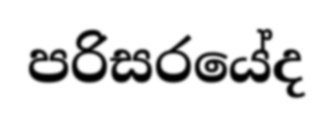
පරිසරයේද